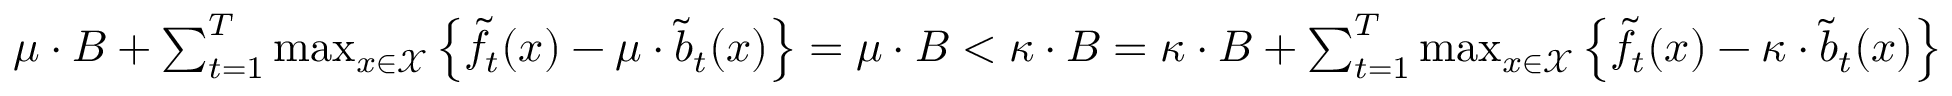
\begin{array} { r } { \mu \cdot B + \sum _ { t = 1 } ^ { T } \operatorname* { m a x } _ { x \in \mathcal { X } } \left\{ \tilde { f } _ { t } ( x ) - \mu \cdot \tilde { b } _ { t } ( x ) \right\} = \mu \cdot B < \kappa \cdot B = \kappa \cdot B + \sum _ { t = 1 } ^ { T } \operatorname* { m a x } _ { x \in \mathcal { X } } \left\{ \tilde { f } _ { t } ( x ) - \kappa \cdot \tilde { b } _ { t } ( x ) \right\} } \end{array}